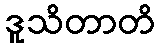
ဒူသိတာတိ